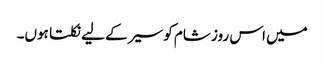
میں اس روز شام کو سیر کے لیے نکلتا ہوں۔